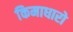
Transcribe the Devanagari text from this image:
किमाधारो